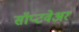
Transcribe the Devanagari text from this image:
सॉप्टवेअर